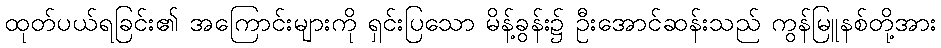
ထုတ်ပယ်ရခြင်း၏ အကြောင်းများကို ရှင်းပြသော မိန့်ခွန်း၌ ဦးအောင်ဆန်းသည် ကွန်မြူနစ်တို့အား